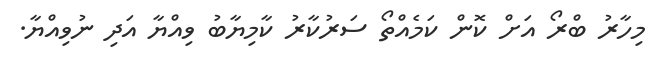
މިހާރު ބްރޯ އަށް ކޮން ކަމެއްތޯ ސަރުކާރު ކާމިޔާބު ވިއްޔާ އަދި ނުވިއްޔާ.